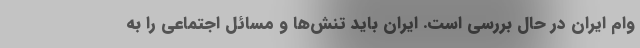
وام ایران در حال بررسی است. ایران باید تنش‌ها و مسائل اجتماعی را به